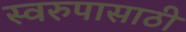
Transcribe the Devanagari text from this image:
स्वरुपासाठी